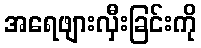
အရေဖျားလှီးခြင်းကို